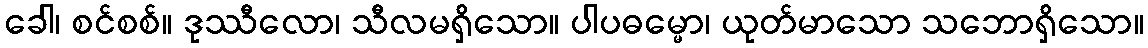
ခေါ၊ စင်စစ်။ ဒုဿီလော၊ သီလမရှိသော။ ပါပဓမ္မော၊ ယုတ်မာသော သဘောရှိသော။